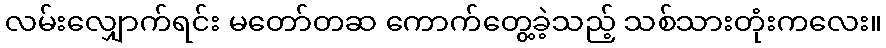
လမ်းလျှောက်ရင်း မတော်တဆ ကောက်တွေ့ခဲ့သည့် သစ်သားတုံးကလေး။